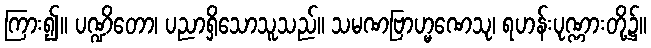
ကြား၍။ ပဏ္ဍိတော၊ ပညာရှိသောသူသည်။ သမဏဗြာဟ္မဏေသု၊ ရဟန်းပုဏ္ဏားတို့၌။